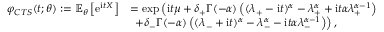
\begin{array} { r l } { \varphi _ { C T S } ( t ; \theta ) : = \mathbb { E } _ { \theta } \left[ \mathrm { e } ^ { \mathrm { i } t X } \right] } & { = \exp \left( \mathrm { i } t \mu + \delta _ { + } \Gamma ( - \alpha ) \left( ( \lambda _ { + } - \mathrm { i } t ) ^ { \alpha } - \lambda _ { + } ^ { \alpha } + \mathrm { i } t \alpha \lambda _ { + } ^ { \alpha - 1 } \right) \right. } \\ & { \ \left. + \delta _ { - } \Gamma ( - \alpha ) \left( ( \lambda _ { - } + \mathrm { i } t ) ^ { \alpha } - \lambda _ { - } ^ { \alpha } - \mathrm { i } t \alpha \lambda _ { - } ^ { \alpha - 1 } \right) \right) , } \end{array}